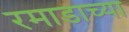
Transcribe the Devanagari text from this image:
रमाडाच्या